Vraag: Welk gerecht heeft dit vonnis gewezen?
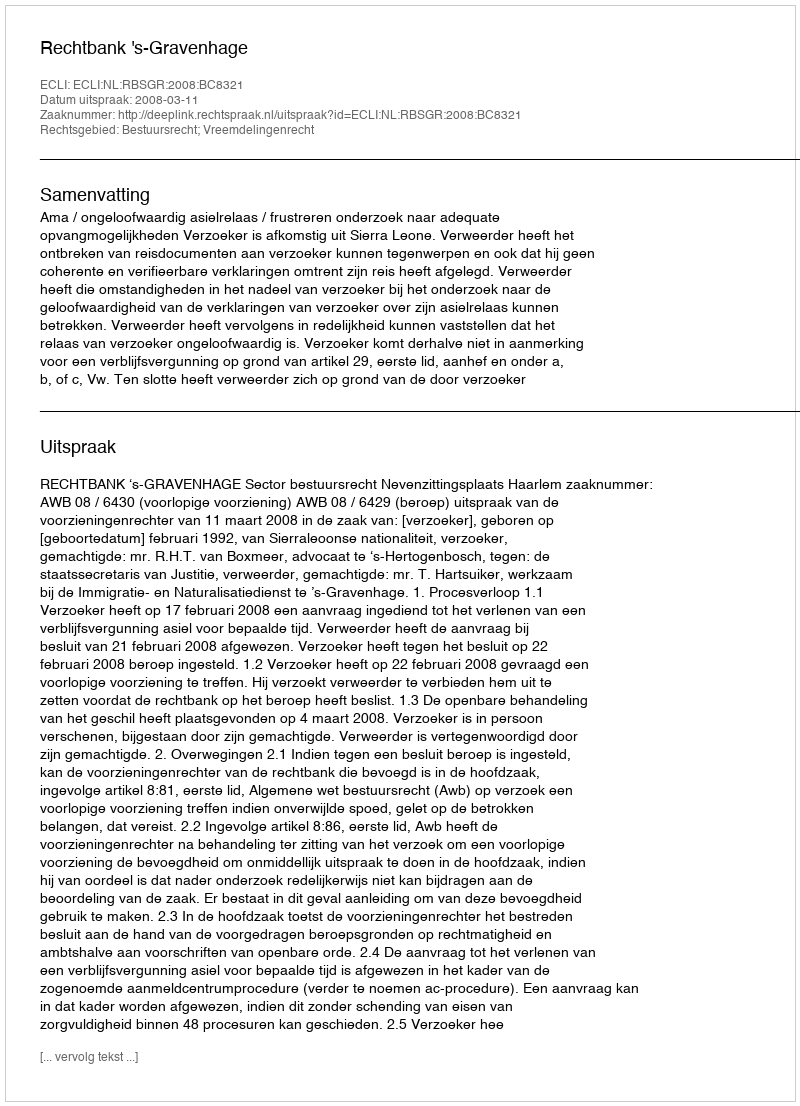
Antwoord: Rechtbank 's-Gravenhage